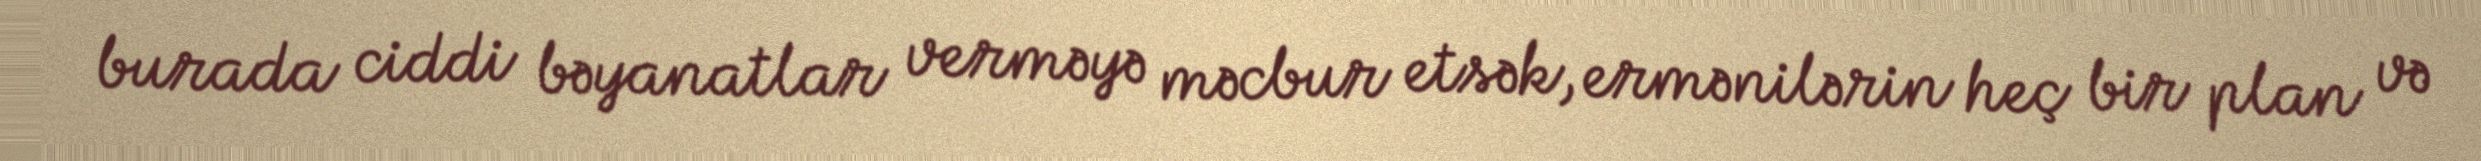
burada ciddi bəyanatlar verməyə məcbur etsək, ermənilərin heç bir plan və